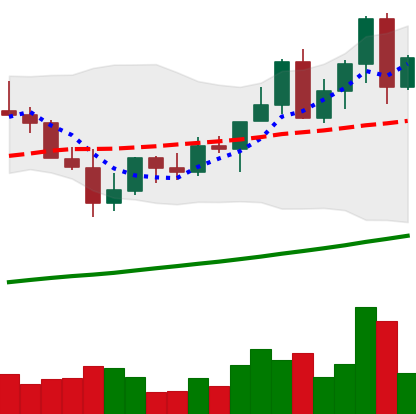
Ticker: LINK-USD
Chart end date: 2021-04-08
Forward return: 8.281%
Label: up_7plus